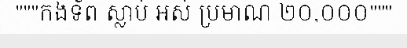
"""កងទ័ព ស្លាប់ អស់ ប្រមាណ ២០,០០០"""